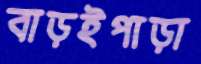
বাড়ইপাড়া